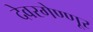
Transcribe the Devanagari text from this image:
देवरगेण्णूर